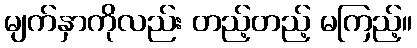
မျက်နှာကိုလည်း တည့်တည့် မကြည့်။